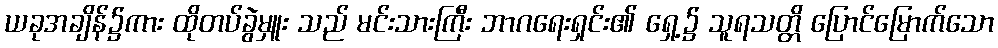
ယခုအချိန်၌ကား ထိုတပ်ခွဲမှူး သည် မင်းသားကြီး ဘာဂရေးရှင်း၏ ရှေ့၌ သူရသတ္တိ ပြောင်မြောက်သော